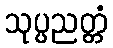
သုပ္ပညတ္တံ